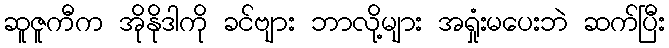
ဆူဇူကီက အိုနိုဒါကို ခင်ဗျား ဘာလို့များ အရှုံးမပေးဘဲ ဆက်ပြီး